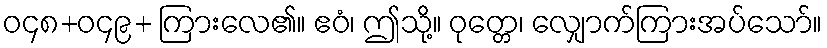
ဝ၄၈+ဝ၄၉+ ကြားလေ၏။ ဧဝံ၊ ဤသို့။ ဝုတ္တေ၊ လျှောက်ကြားအပ်သော်။